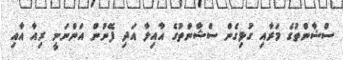
ސްޝާންތުގެ މަރާއި ގުޅިގެން ސްޝާންތުގެ އާއިލާ އަދި ފޭނުން އަންނަނީ ރިއާ އާއި